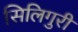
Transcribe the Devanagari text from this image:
सिलिगुरी